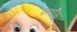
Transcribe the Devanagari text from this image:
कथोड